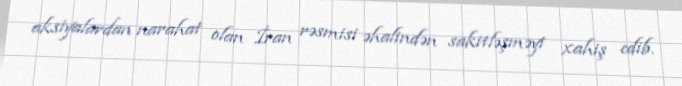
aksiyalardan narahat olan İran rəsmisi əhalindən sakitləşməyi xahiş edib.